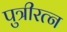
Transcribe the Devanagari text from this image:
पुत्रीरत्न